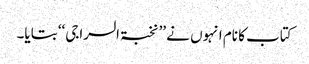
کتاب کا نام انہوں نے ’’نخبۃ السراجی‘‘ بتایا۔